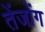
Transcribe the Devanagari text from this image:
तेंजोंग